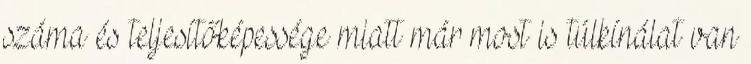
száma és teljesítőképessége miatt már most is túlkínálat van